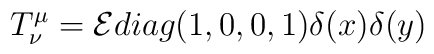
T^{\mu}_{\nu} = {\cal E} diag(1,0,0,1) \delta(x)\delta(y)